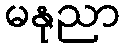
မနုညာ